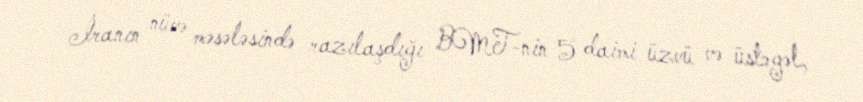
İranın nüvə məsələsində razılaşdığı BMT-nin 5 daimi üzvü və üstəgəl,